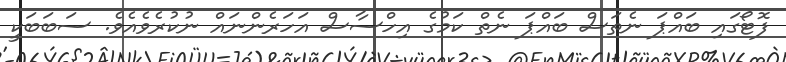
ފޮޓޯގައި ބައްޕަ ނެތަސް ބައްޕަ ނެތް ކަމުގެ އިހްސާސް އަހަރެންނައް ނުކުރެވެއެވެ. ސަބަބަކީ